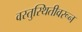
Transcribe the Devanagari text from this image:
वस्तुस्थितीवरून